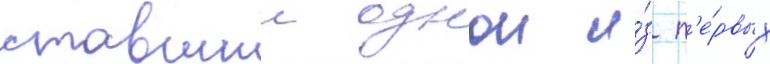
ставшии однои и́з п'е́рвых